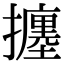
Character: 𢷹